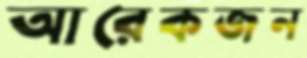
আরেকজন